Annual report of the Imperial Bacteriological Laboratory, Muktesar
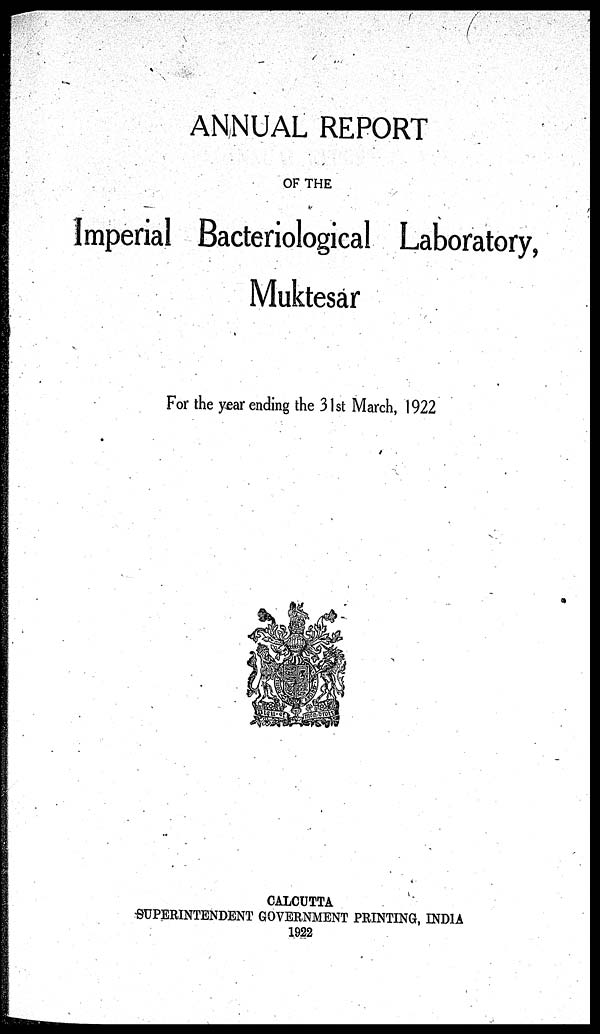
ANNUAL REPORT
OF THE
Imperial Bacteriological Laboratory,
Muktesar
For the year ending the 31st March, 1922
CALCUTTA
SUPERINTENDENT GOVERNMENT PRINTING, INDIA
1922